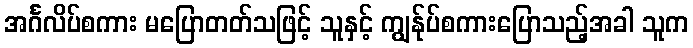
အင်္ဂလိပ်စကား မပြောတတ်သဖြင့် သူနှင့် ကျွန်ုပ်စကားပြောသည့်အခါ သူက